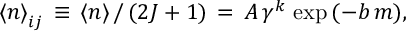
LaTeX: { \langle n \rangle } _ { i j } \, \equiv \, { \langle n \rangle } \, / \, ( 2 J + 1 ) \, = \, A \, \gamma ^ { k } \, \exp { ( - b \, m ) } ,